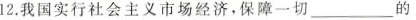
12.我国实行社会主义市场经济。保障___切的